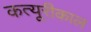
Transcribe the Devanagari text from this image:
कत्यूरीकाल